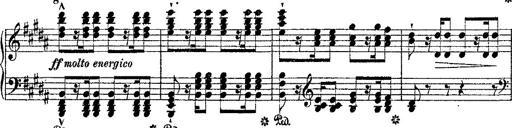
Title: Fantaisie romantique sur deux mÃ©lodies suisses
Composer: Franz Liszt